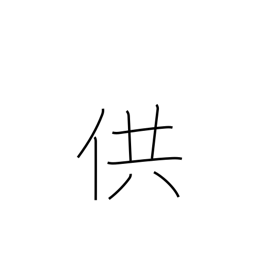
Meaning: offer